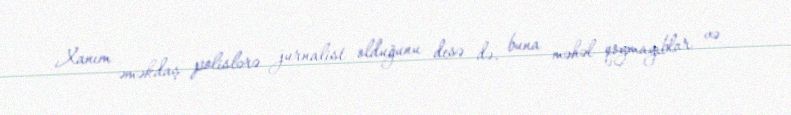
Xanım əməkdaş polislərə jurnalist olduğunu desə də, buna məhəl qoymayıblar və